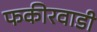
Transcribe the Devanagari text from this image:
फकीरवाडी